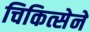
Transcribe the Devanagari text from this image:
चिकित्सेने